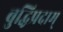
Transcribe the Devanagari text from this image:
बुद्धिप्रदाम्